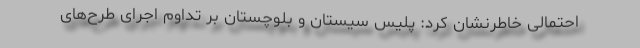
احتمالی خاطرنشان کرد: پلیس سیستان و بلوچستان بر تداوم اجرای طرح‌های